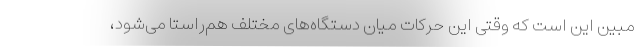
مبین این است که وقتی این حرکات میان دستگاه‌های مختلف هم‌راستا می‌شود،